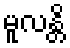
မူလန္တိ